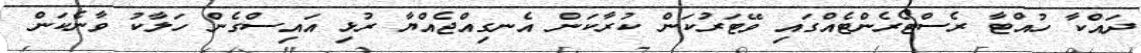
ދައްކާ ހުއްޓާ ރެސްޓޯރެންޓެއްގައި ވޭޓަރުކަން ކުރާކަން އެނގިއްޖެއްޔާ ރުޅި އައިސްގެން ހަލާކު ވާނެކަން